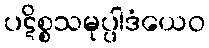
ပဋိစ္စသမုပ္ပါဒံယေဝ